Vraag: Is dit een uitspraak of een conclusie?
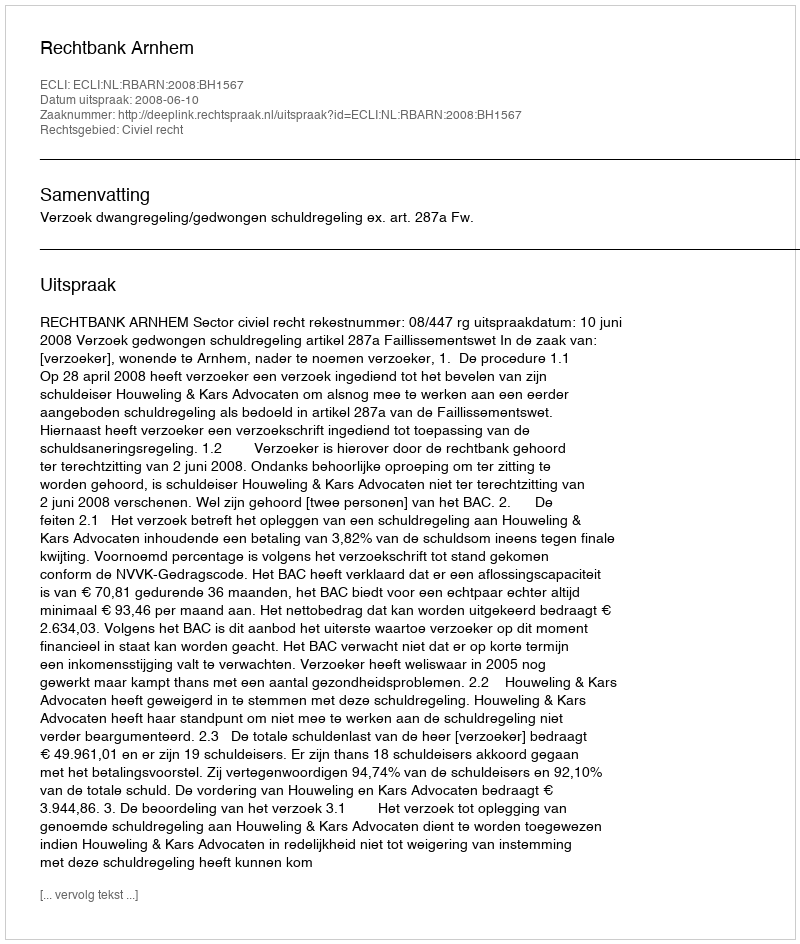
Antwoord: Uitspraak